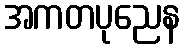
အကတပုညေန